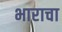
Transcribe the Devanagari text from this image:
भाराचा